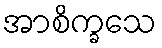
အာစိက္ခသေ